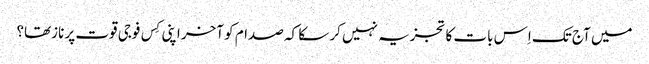
میں آج تک اِس بات کا تجزیہ نہیں کر سکا کہ صدام کو آخر اپنی کِس فوجی قوت پر نازتھا؟